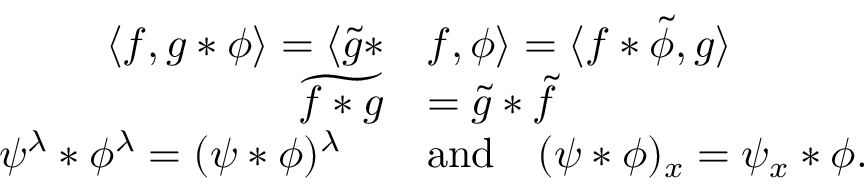
\begin{array} { r l } { \langle f , g * \phi \rangle = \langle \tilde { g } * } & { f , \phi \rangle = \langle f * \tilde { \phi } , g \rangle } \\ { \widetilde { f * g } } & { = \tilde { g } * \tilde { f } } \\ { \psi ^ { \lambda } * \phi ^ { \lambda } = ( \psi * \phi ) ^ { \lambda } \quad } & { \mathrm { a n d } \quad ( \psi \ast \phi ) _ { x } = \psi _ { x } \ast \phi . } \end{array}